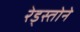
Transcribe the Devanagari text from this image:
रेड्स्तोने